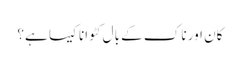
کان اور ناک کے بال کٹوانا کیسا ہے؟